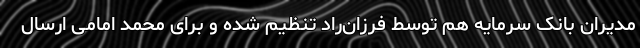
مدیران بانک سرمایه هم توسط فرزان‌راد تنظیم شده و برای محمد امامی ارسال